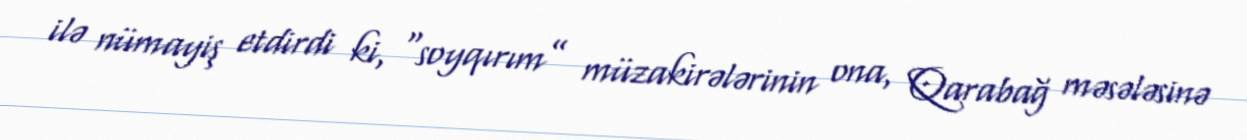
ilə nümayiş etdirdi ki, “soyqırım” müzakirələrinin ona, Qarabağ məsələsinə